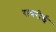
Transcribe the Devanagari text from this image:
रावरोई